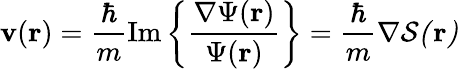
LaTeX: \mathbf{v}(\mathbf{r})=\frac{\hbar}{m}\mathrm{Im}\left\{ \frac{\nabla\Psi(\mathbf{r})}{\Psi(\mathbf{r})}\right\} =\frac{\hbar}{m}\nabla\cal{S}(\mathbf{r})